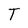
Character: T